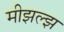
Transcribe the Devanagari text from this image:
मीझल्झ